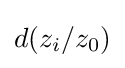
d(z_{i}/z_{0})